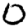
Digit: 0